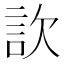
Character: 䚿